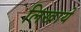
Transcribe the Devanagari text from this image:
लिखाये